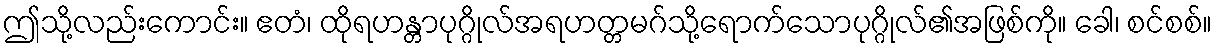
ဤသို့လည်းကောင်း။ ဧတံ၊ ထိုရဟန္တာပုဂ္ဂိုလ်အရဟတ္တမဂ်သို့ရောက်သောပုဂ္ဂိုလ်၏အဖြစ်ကို။ ခေါ၊ စင်စစ်။